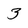
Character: 3